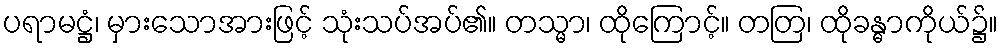
ပရာမဋ္ဌံ၊ မှားသောအားဖြင့် သုံးသပ်အပ်၏။ တသ္မာ၊ ထိုကြောင့်။ တတြ၊ ထိုခန္ဓာကိုယ်၌။